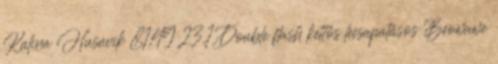
Kalina Husavik 81,49 23,1 Double flash kettős lecsapatásos Beowawe